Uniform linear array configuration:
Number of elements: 48
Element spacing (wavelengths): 1
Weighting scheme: hann
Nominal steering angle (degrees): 0
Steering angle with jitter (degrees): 1.886
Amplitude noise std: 0.05
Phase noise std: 0.05

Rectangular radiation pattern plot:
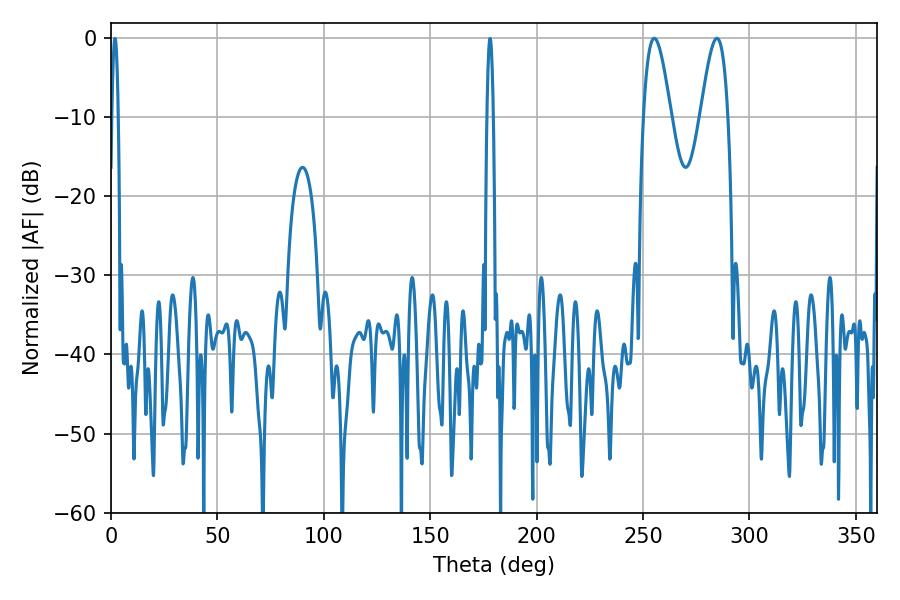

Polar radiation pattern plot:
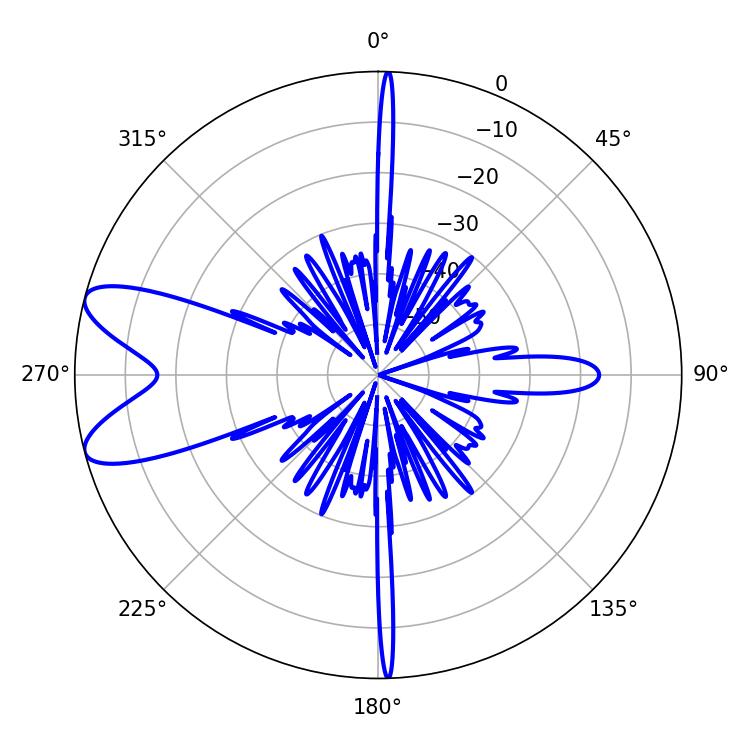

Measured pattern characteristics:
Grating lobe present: TRUE
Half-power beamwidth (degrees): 7.02
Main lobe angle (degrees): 255.24